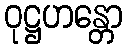
ဝုဋ္ဌဟန္တော